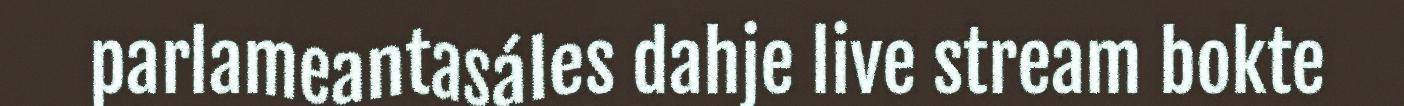
parlameantasáles dahje live stream bokte